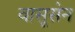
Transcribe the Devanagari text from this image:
वासूसेन